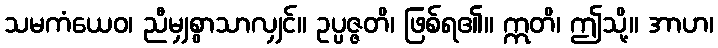
သမကံယေဝ၊ ညီမျှစွာသာလျှင်။ ဥပ္ပဇ္ဇတိ၊ ဖြစ်ရ၏။ ဣတိ၊ ဤသို့။ အာဟ၊